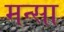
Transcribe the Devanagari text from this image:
मन्सा